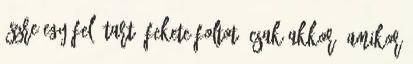
észre egy felé tartó fekete foltot, csak akkor, amikor